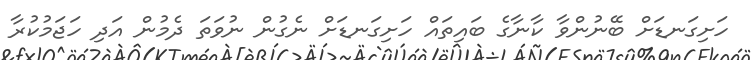
ހަށިގަނޑަށް ބޭނުންވާ ކާނާގެ ބައިތައް ހަށިގަނޑަށް ނެގުން ނުވަތަ ދެމުން އަދި ހަޖަމުކުރާ